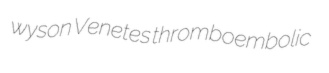
wyson Venetes thromboembolic